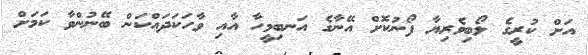
އަށް ކުރީގެ ލޯބިވެރިޔާ ފޯނުކޮށް އޭނާގެ އަނބިމީހާ އާއި ވާހަކަދައްކަން ބޭނުންވާ ކަމަށް